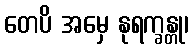
တေပိ အမှေ နုရက္ခန္တု၊